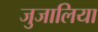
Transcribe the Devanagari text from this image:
जुजालिया